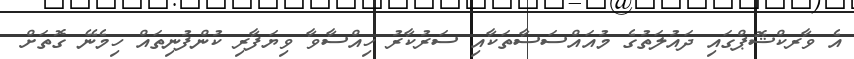
އެ ވާރކްޝޮޕްގައި ދައުލަތުގެ މުއައްސަސާތަކާއި ސަރުކާރު ހިއްސާވާ ވިޔަފާރި ކުންފުނިތައް ހިމެނޭ ގޮތަށް